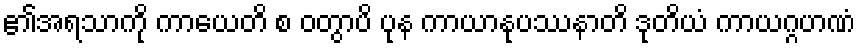
၏အရသာကို ကာယေတိ စ ဝတွာပိ ပုန ကာယာနုပဿနာတိ ဒုတိယံ ကာယဂ္ဂဟဏံ